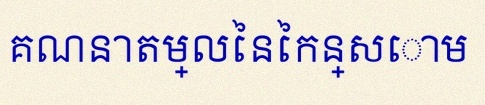
គណនាតម្លៃនៃកន្សោម